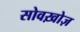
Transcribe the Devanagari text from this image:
सोवख़ोज़